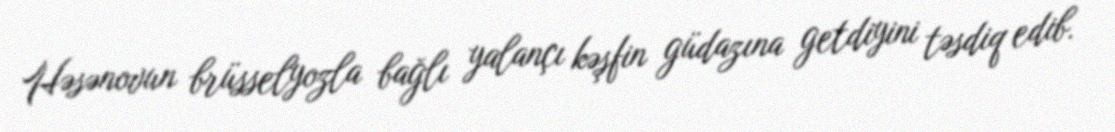
Həsənovun brüsselyozla bağlı yalançı kəşfin güdazına getdiyini təsdiq edib.